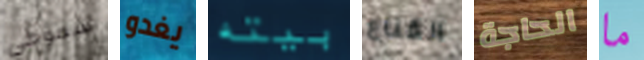
سموكي يغدو بيته القناع الحاجة ما